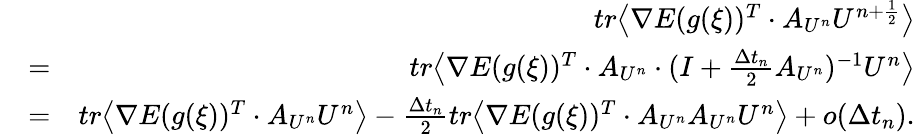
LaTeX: \begin{array}{rlr}&{}&{tr\big\langle\nabla E(g(\xi))^{T}\cdot A_{U^{n}}U^{n+\frac{1}{2}}\big\rangle}\\ &{=}&{tr\big\langle\nabla E(g(\xi))^{T}\cdot A_{U^{n}}\cdot(I+\frac{\Delta t_{n}}{2}A_{U^{n}})^{-1}U^{n}\big\rangle}\\ &{=}&{tr\big\langle\nabla E(g(\xi))^{T}\cdot A_{U^{n}}U^{n}\big\rangle-\frac{\Delta t_{n}}{2}tr\big\langle\nabla E(g(\xi))^{T}\cdot A_{U^{n}}A_{U^{n}}U^{n}\big\rangle+o(\Delta t_{n}).}\end{array}